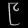
Digit: ၉